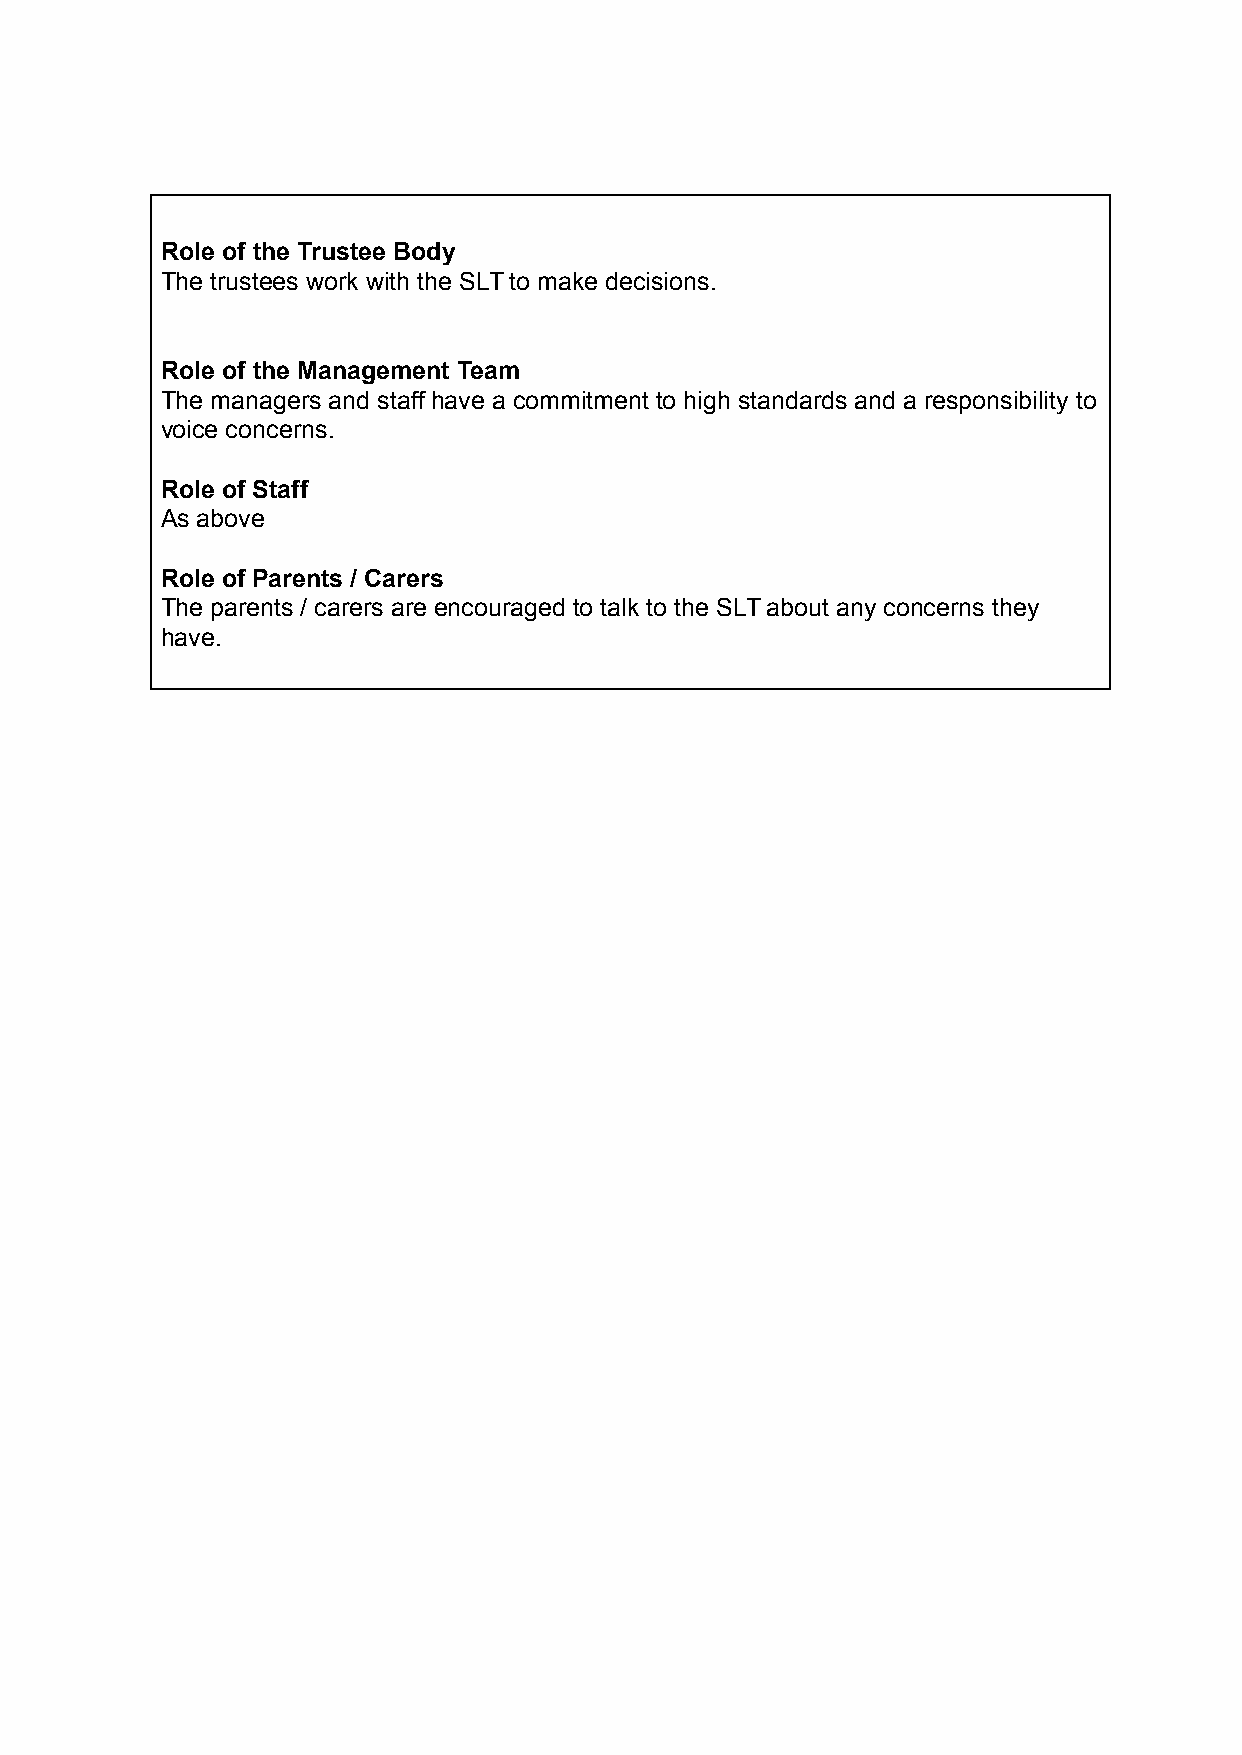
Role of the Trustee Body
 The trustees work with the SLT to make decisions.
 Role of the Management Team
 The managers and staff have a commitment to high standards and a responsibility to
 voice concerns.
 Role of Staff
 As above
 Role of Parents / Carers
 The parents / carers are encouraged to talk to the SLT about any concerns they
 have.